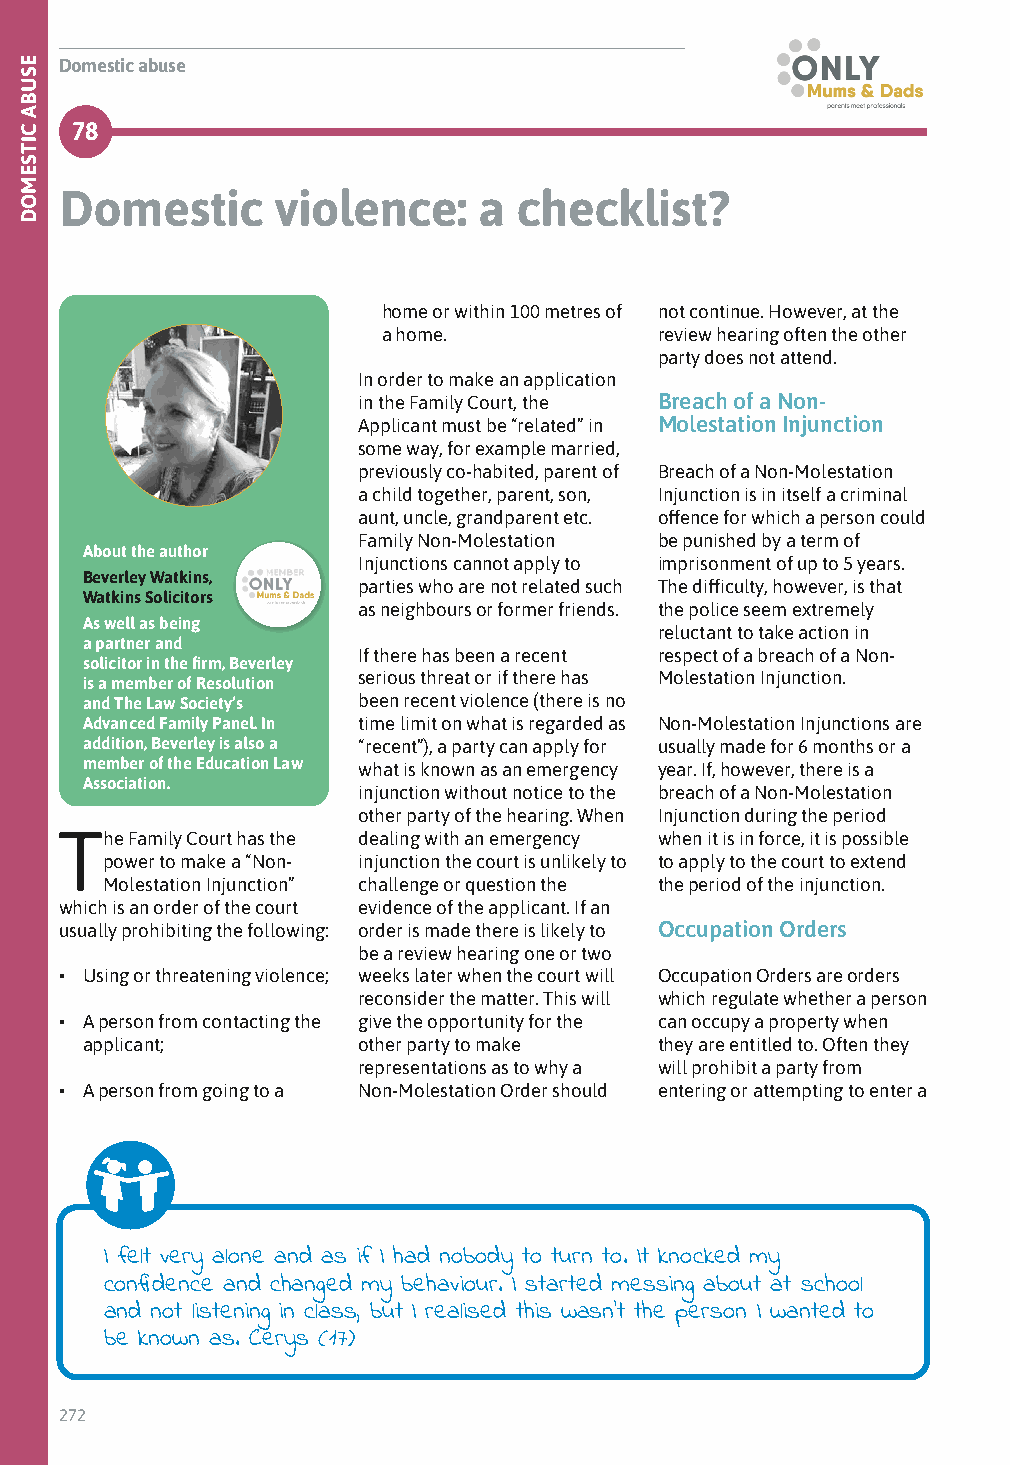
Domestic abuse
 78
 Domestic      violence:     a checklist?
 home or within 100 metres of not continue. However, at the
 a home.            review hearing often the other
 party does not attend.
 In order to make an application
 in the Family Court, the Breach of a Non-
 Applicant must be “related” in Molestation Injunction
 some way, for example married,
 previously co-habited, parent of Breach of a Non-Molestation
 a child together, parent, son, Injunction is in itself a criminal
 aunt, uncle, grandparent etc. offence for which a person could
 Family Non-Molestation be punished by a term of
 About the author
 Injunctions cannot apply to imprisonment of up to 5 years.
 Beverley Watkins,
 parties who are not related such The difficulty, however, is that
 Watkins Solicitors
 as neighbours or former friends. the police seem extremely
 As well as being
 reluctant to take action in
 a partner and
 If there has been a recent respect of a breach of a Non-
 solicitor in the firm, Beverley
 serious threat or if there has Molestation Injunction.
 is a member of Resolution
 and The Law Society’s been recent violence (there is no
 Advanced Family Panel. In time limit on what is regarded as Non-Molestation Injunctions are
 addition, Beverley is also a “recent”), a party can apply for usually made for 6 months or a
 member of the Education Law what is known as an emergency year. If, however, there is a
 Association.
 injunction without notice to the breach of a Non-Molestation
 other party of the hearing. When Injunction during the period
 The Family Court has the dealing with an emergency when it is in force, it is possible
 power to make a “Non- injunction the court is unlikely to to apply to the court to extend
 Molestation Injunction” challenge or question the the period of the injunction.
 which is an order of the court evidence of the applicant. If an
 usually prohibiting the following: order is made there is likely to Occupation Orders
 be a review hearing one or two
 • Using or threatening violence; weeks later when the court will Occupation Orders are orders
 reconsider the matter. This will which regulate whether a person
 • A person from contacting the give the opportunity for the can occupy a property when
 applicant;         other party to make they are entitled to. Often they
 representations as to why a will prohibit a party from
 • A person from going to a Non-Molestation Order should entering or attempting to enter a
 I felt very alone and as if I had nobody to turn to. It knocked my
 confidence and changed my behaviour. I started messing about at school
 and not listening in class, but I realised this wasn’t the person I wanted to
 be known as. Cerys (17)
 272
 ESUBA
 CITSEMOD